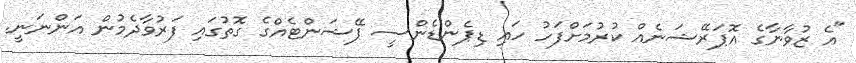
"އެ ޒުވާނާގެ އޮޕަރޭޝަނެއް ކުރުމަށްފަހު ހައި ޑިޕެންޑެންސީ ޕޭޝަންޓެއްގެ ގޮތުގައި ފަރުވާދެމުން އަންނަނީ.